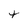
Character: t